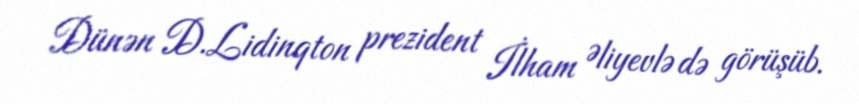
Dünən D.Lidinqton prezident İlham Əliyevlə də görüşüb.